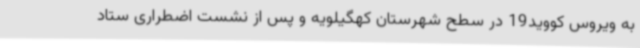
به ویروس کووید19 در سطح شهرستان کهگیلویه و پس از نشست اضطراری ستاد